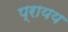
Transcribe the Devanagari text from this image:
प्रायय